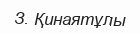
З. Қинаятұлы